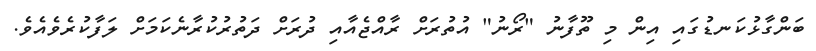
ބަންގާޅުކަނޑުގައި އިން މި ތޫފާނު "ރޯނު" އުތުރަށް ރާއްޖެއާއި ދުރަށް ދަތުރުކުރާނެކަމަށް ލަފާކުރެވެއެވެ.